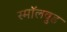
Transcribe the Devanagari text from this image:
स्मॉलवुड